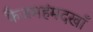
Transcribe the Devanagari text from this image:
फैजमहंमदखाँ